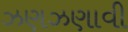
ઝણઝણાવી